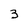
Character: 3